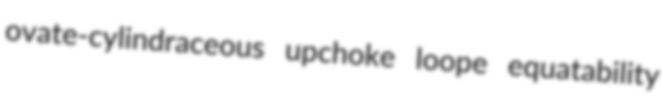
ovate-cylindraceous upchoke loope equatability